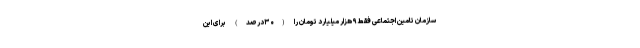
سازمان تامین اجتماعی فقط۹ هزار میلیارد تومان را (۳۰درصد) برای این